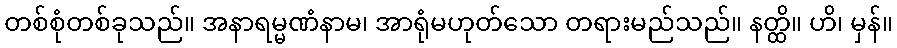
တစ်စုံတစ်ခုသည်။ အနာရမ္မဏံနာမ၊ အာရုံမဟုတ်သော တရားမည်သည်။ နတ္ထိ။ ဟိ၊ မှန်။